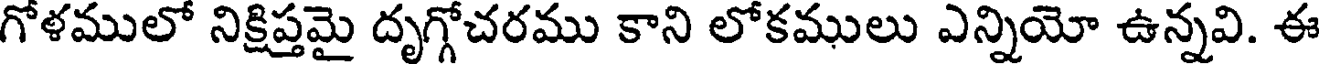
గోళములో నిక్షిప్తమై దృగ్గోచరము కాని లోకములు ఎన్నియో ఉన్నవి. ఈ